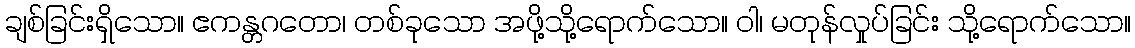
ချစ်ခြင်းရှိသော။ ဧကန္တဂတော၊ တစ်ခုသော အဖို့သို့ရောက်သော။ ဝါ၊ မတုန်လှုပ်ခြင်း သို့ရောက်သော။